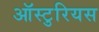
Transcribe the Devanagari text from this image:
ऑस्टुरियस